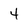
Character: 4